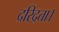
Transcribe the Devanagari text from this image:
दरिद्रता।